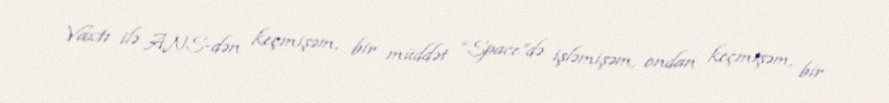
Vaxtı ilə ANS-dən keçmişəm, bir müddət “Space”də işləmişəm, ondan keçmişəm, bir